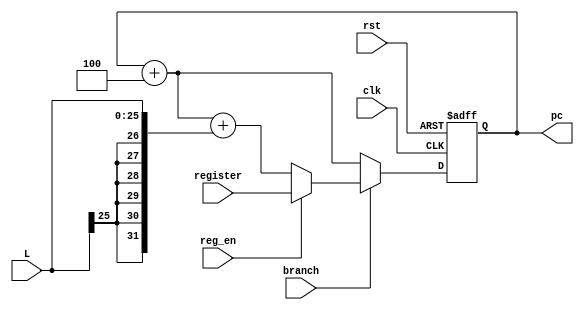
`timescale 1ns / 1ps
//////////////////////////////////////////////////////////////////////////////////
// Company: 
// Engineer: 
// 
// Design Name: 
// Module Name:    next_pc 
// Project Name: 
// Target Devices: 
// Tool versions: 
// Description: 
//
// Dependencies: 
//
// Revision: 
// Revision 0.01 - File Created
// Additional Comments: 
//
//////////////////////////////////////////////////////////////////////////////////
module next_pc(input wire clk, input wire rst, input wire [25:0] L, input wire branch, input wire reg_en, input wire [31:0] register, output reg [31:0] pc);
	
	wire [31:0] pc_new, pc_jump_off, pc_jump, pc_next;
	
	initial begin
	pc <= 32'd0;
	end
	
	always @(posedge clk or posedge rst) begin
		if (rst) pc <= 32'd0;
		else pc <= pc_new;
	end
	
	assign pc_next = pc + 32'd4;
	assign pc_jump_off = pc + 32'd4 + {{6{L[25]}}, L};
	assign pc_jump = (reg_en)? register : pc_jump_off;
	assign pc_new = (branch)? pc_jump : pc_next;
	
endmodule